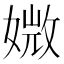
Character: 媺